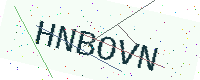
Text: HNBOVN